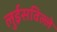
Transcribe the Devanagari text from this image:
लुईसविल्ले